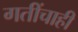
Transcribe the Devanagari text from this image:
गतींचाही